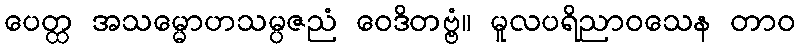
ပေတ္ထ အသမ္မောဟသမ္ပဇညံ ဝေဒိတဗ္ဗံ။ မူလပရိညာဝသေန တာဝ